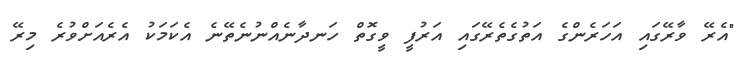
"އެރޭ ވާރޭގައި އަހަރެންގެ އަތުގެތެރޭގައި އަރުފީ ވީގޮތް ހަނދާނެއްނުނެތޭނެ އެކަމަކު އެރެއަށްވުރެ މިރޭ